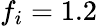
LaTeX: f_{i}=1.2